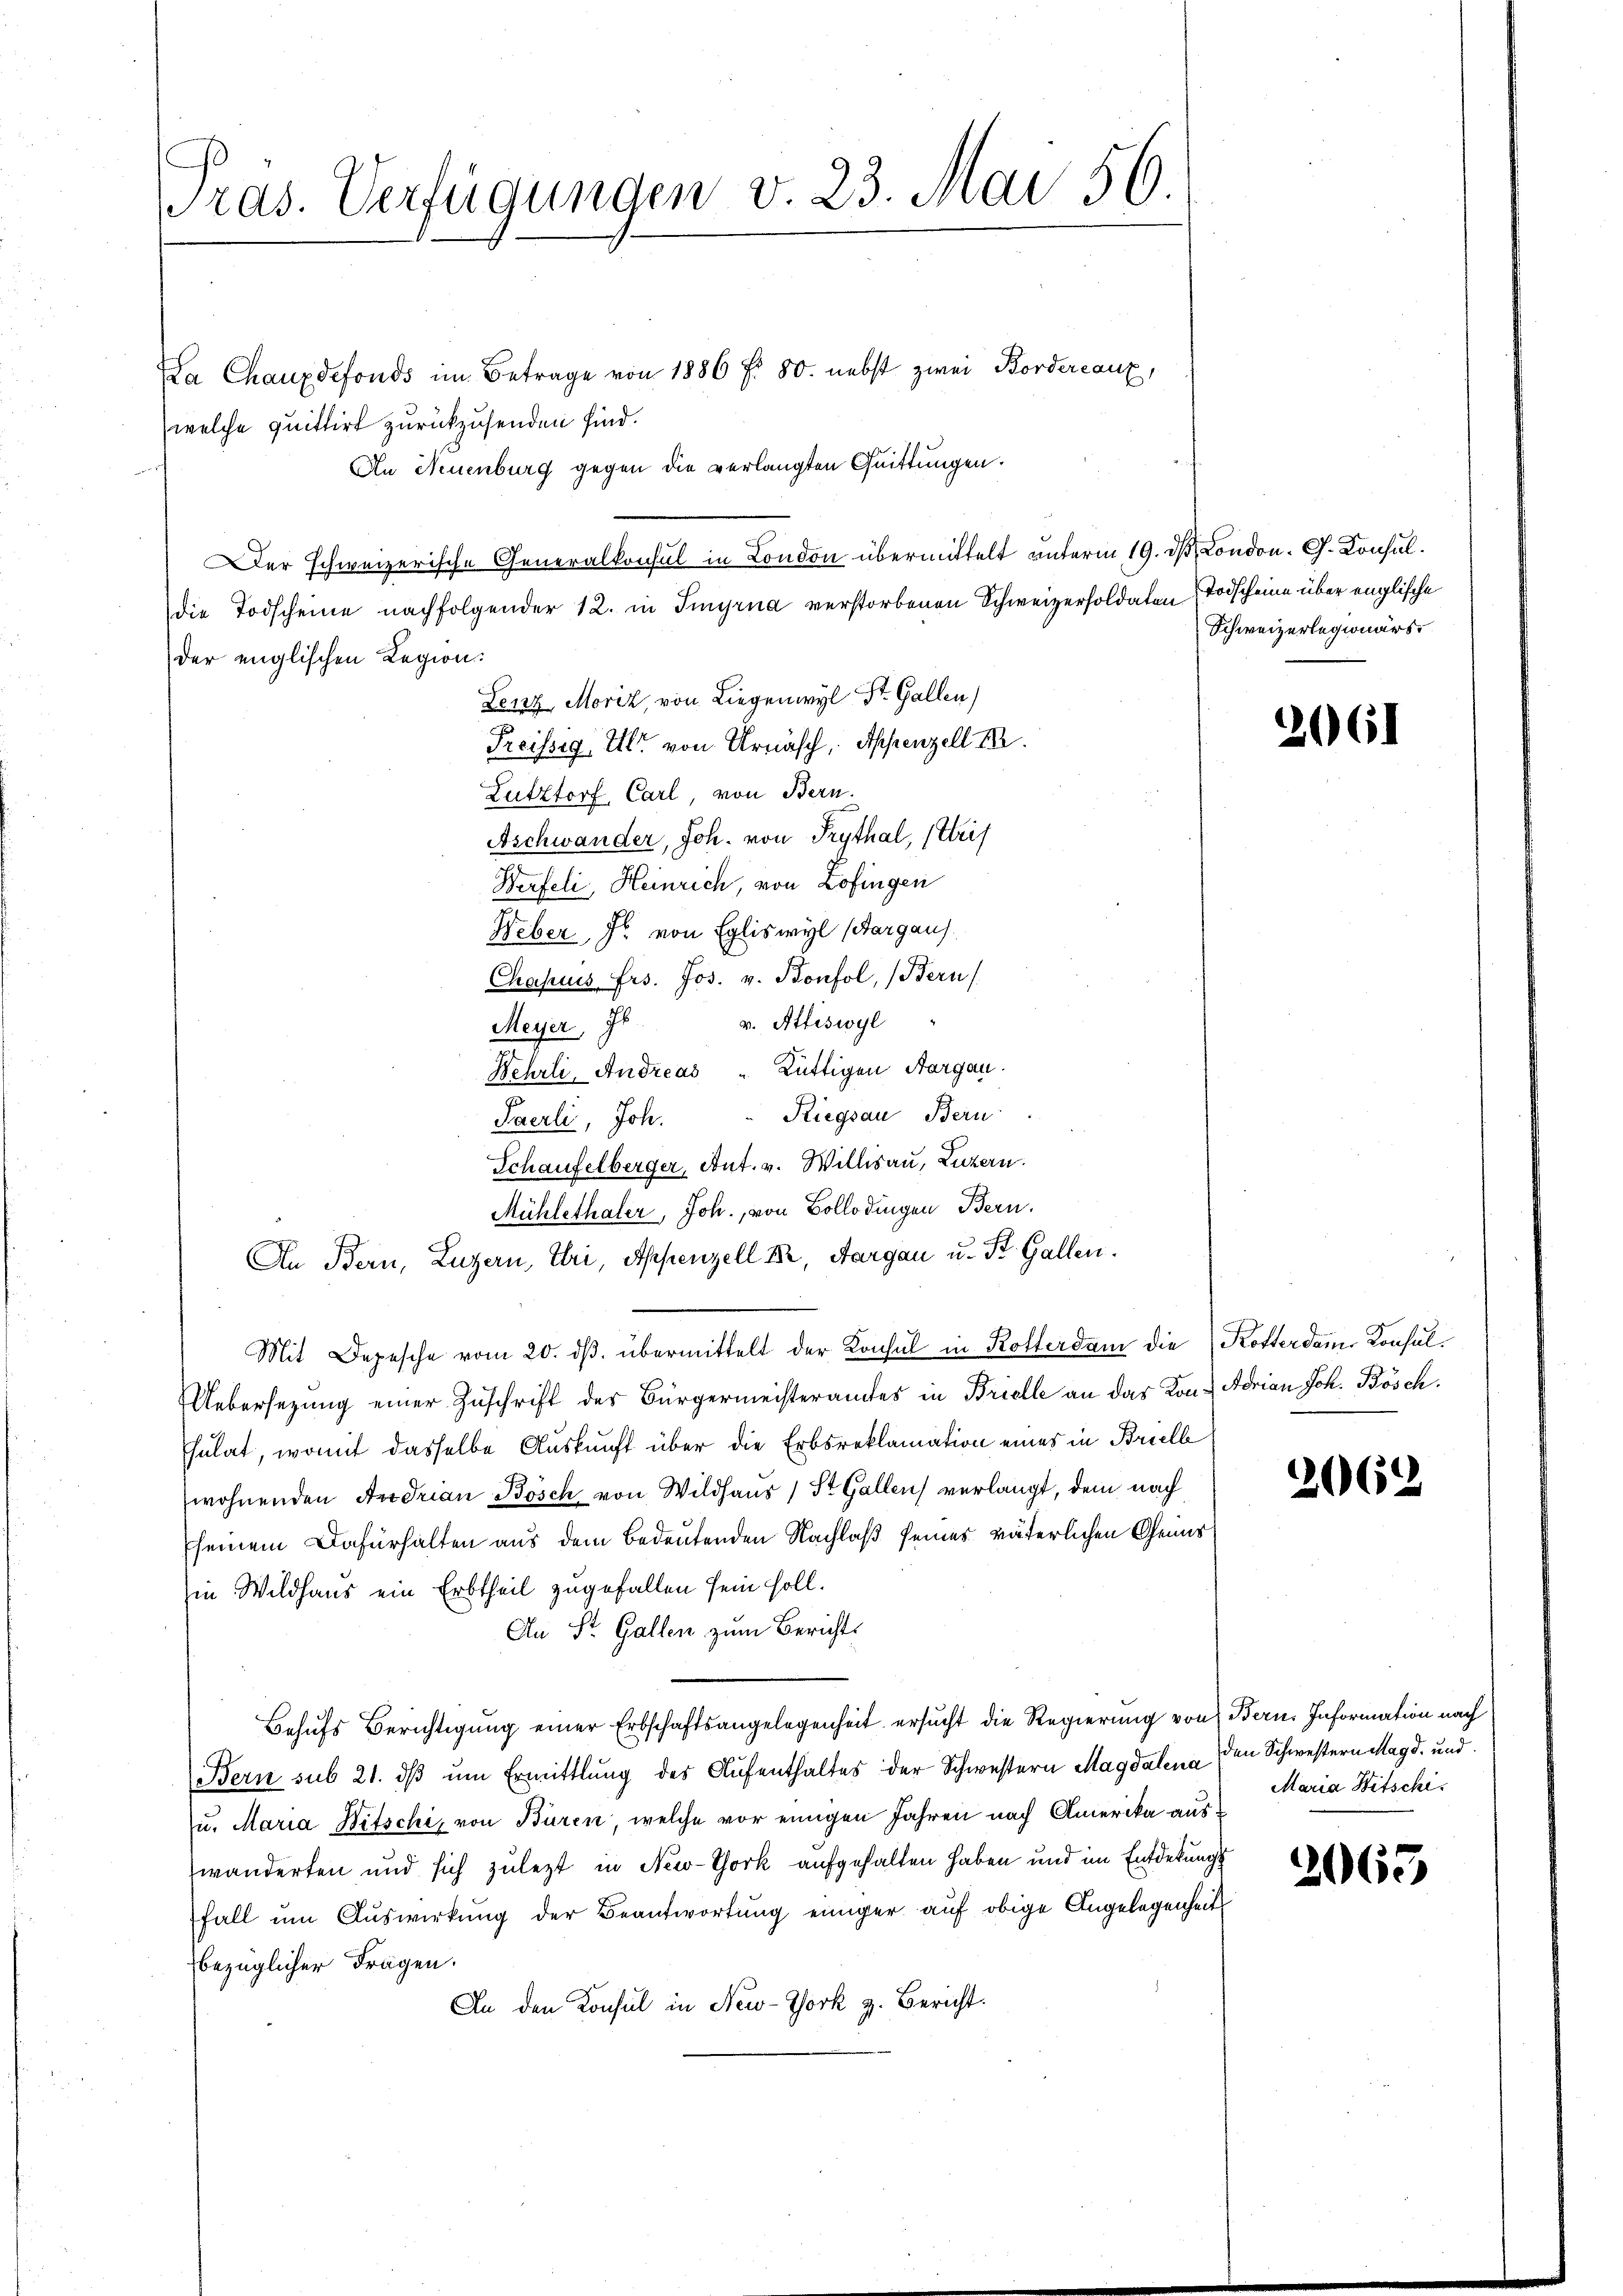
ras. Verfügungen v. 23. Mai 56.

La Chauxdefonds im Betrage von 1886 f. 80. nebst zwei Bordereaux,
welche quittirt zurückzusenden sind.
An Neuenburg gegen die verlangten Quittungen.
Der schweizerische Generalkonsul in London übermittelt unterm 19. d. London. G. Konsuldie Todscheine nachfolgender 12. in Tinyrna verstorbenen Schweizersoldaten Todscheine über englische
der englischen Legion.
Lenz, Moriz, von Liegenwyl St. Gallen
Preissig, Ulr. von Urnäsch, Appenzell I.
Lutztorf, Carl von Bern.
Aschwander, Joh. von Trythal, trif
Werfeli, Heinrich, von Zofingen
Weber, J. von Egliswyl (Aargaus
Chapuis Frs. Jos. v. Bonfol, (Bern
v. Attiswyl
Meyer, Jb.
Nehrli, Andreas " Lüttigen Aargau.
Paerli, Joh. Riegsan Bern
Schaufelberger, Ant. v. Willisau, Luzern.
Mühlethaler, Joh. von Bollodingen Bern.
An Bern, Luzern, Uri, Appenzell I., Aargau u. St. Gallen.
Mit Depesche vom 20. dβ. übermittelt der Konsul in Rotterdam die Kosterdam Konsul¬
Uebersezung einer Zuschrift der Bürgermeisteramtes in Brielle an das Kon-Adrian Joh. Bösch.
sulat, womit dasselbe Auskunft über die Erbsreklamation eines in Brielle
wohnenden Andrian Bösch von Wildhaus 1 St. Gallen verlangt, dem nach
seinem Dafürhalten aus dem bedeutenden Nachlaß seines väterlichen Genus
in Wildhaus ein Erbtheil zugefallen sein soll.
An St. Gallen zum Berichts
Behŭfs Berichtigung einer Erbschaftsangelegenheit ersucht die Regierung von Bern. Information nach
Bern sub 21. dβ ŭm Ermittlung des Aŭfenthaltes der Schwestern Magdalena
u. Maria Witschi, von Büren, welche vor einigen Jahren nach Amerika auswänderten und sich zuletzt in New-York aufgehalten haben und im Entdekungs
Fall um Auswirkung der Beantwortung einiger auf obige Angelegenheit
bezüglicher Fragen.
An den Konsul in New-York z. Bericht.

Schweizerlegionärs

2061

2062

den Schwestern Magd. und
Maria Witschi

2063